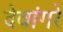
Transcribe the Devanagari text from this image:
देवांगरे